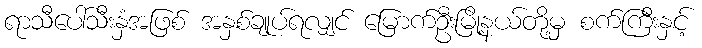
ရာသီပေါ်သီးနှံအဖြစ် အနှစ်ချုပ်ရလျှင် မြောက်ဦးမြို့နယ်တို့မှ စက်ကြီးနှင့်